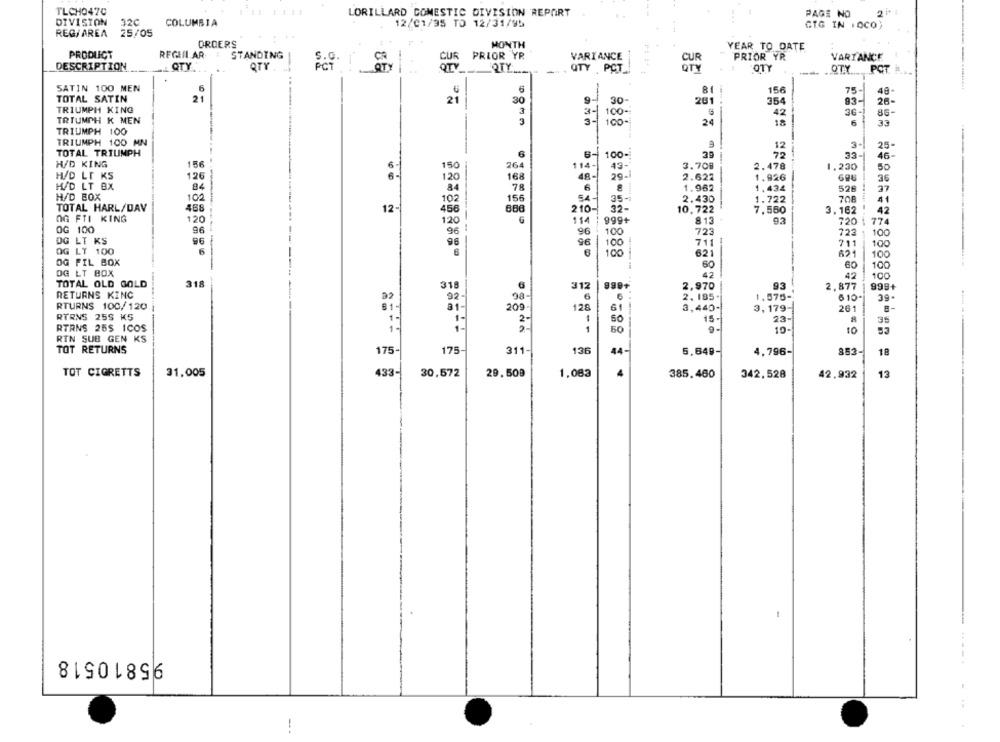
TLCHO470
LORILLARD COMESTIC DIVISION REPORT
PAGE NO
DIVISION
320
COLUMBIA
12/01/35 TO 12/31/95
GIG IN IOCO)
REG/AREA 25/05
ORDERS
MONTH
YEAR TO DATE
PRODUCT
REGULAR !
STANDING
CUR PRIOR YR
VARIANCE
PRIOR YR
VARIANCE
DESCRIPTION
QTY
QTY
S.O.
QTY _.
QTY PCT
OTY
OTY
PCT
SATIN 100 MEN
6
6
81
156
75-
TOTAL SATIN
21
21
30
9
30-
201
354
93-
26-
TRIUMPH KING
3
3-1
36-
TRIUMPH K MEN
100-
42
86-
3-
100-
26
18
6
33
TRIUMPH 100
TRIUMPH 100 MN
12
3-1
25-
TOTAL TRIUMPH
6
6- 100-
39
72
33-
46
H/D KING
156
150 |
264
114-
43-
3.708
2.478
1.230
50
H/D LT KS
126
-
120
168
48-
29-1
2.622
1.926
36
H/D LT BX
84
84
78
6
1.962
1.434
528
37
H/D BOX
100
156
54-
2.430
708
41
TOTAL HARL/DAV
102
210-
468
12
32-
10,722
7.560
3.162
42
OG FTI KING
120
120 !
114
999+
813
720
$ 77
OG 100
96
81
96
100
723
723
100
DG LT KS
96
711
-
711
100
OG LY 100
6
621
100
621
OG FIL BOX
-
60
60
100
DG LT BOX
42
42
100
TOTAL OLD GOLD
318
318
312
999+
2,970
93
2,877
999+
RETURNS KING
92-
6
6 :
2, 185.
1,575-
RTURNS 100/120
31
209
128
61
3,440-
3,179-
261
8-
RTRNS 25S KS
2
1
15-
23-
8
35
RTRNS 25S ICOS
50
1
50
9-
10-
10
RTN SUB GEN KS
TOT RETURNS
136
175-
175
311-
44-
5,649
4,796-
852-
18
31.005
TOT CIGRETTS
433-
30,572
29.509
1,083
4
385.460
342,528
42.932
13
95810518
-..